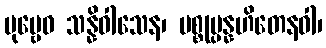
ပုဗ္ဗေဝ သန္နိဝါသေန၊ ပစ္စုပ္ပန္နဟိတေနဝါ၊